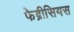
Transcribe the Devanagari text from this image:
फेब्रीसियस